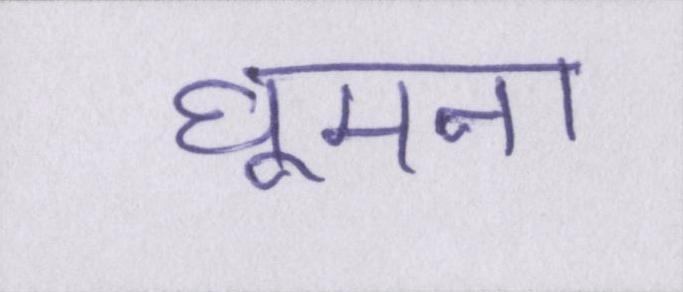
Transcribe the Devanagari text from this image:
घूमना